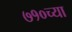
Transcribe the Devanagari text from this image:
७१०च्या